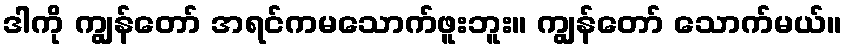
ဒါကို ကျွန်တော် အရင်ကမသောက်ဖူးဘူး။ ကျွန်တော် သောက်မယ်။